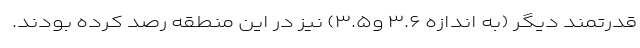
قدرتمند دیگر (به اندازه ۳.۶ و۳.۵) نیز در این منطقه رصد کرده بودند.